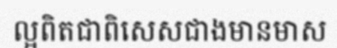
ល្អពិតជាពិសេសជាងមានមាស